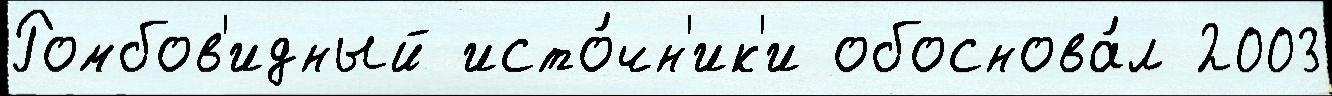
Ромбов'идный исто́чн'ик'и обоснова́л 2003